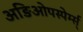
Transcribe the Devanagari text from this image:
अङिओपस्पेर्म्स्